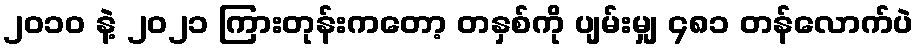
၂၀၁၀ နဲ့ ၂၀၂၁ ကြားတုန်းကတော့ တနှစ်ကို ပျမ်းမျှ ၄၈၁ တန်လောက်ပဲ